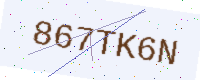
Text: 867TK6N